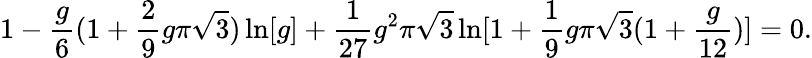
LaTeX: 1-{\frac{g}{6}}(1+{\frac{2}{9}}g\pi\sqrt{3})\ln[g]+{\frac{1}{27}}g^{2}\pi\sqrt{3}\ln[1+{\frac{1}{9}}g\pi\sqrt{3}(1+{\frac{g}{12}})]=0.